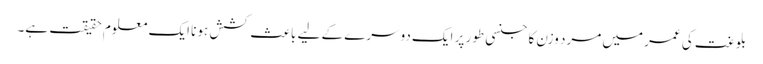
بلوغت کی عمر میں مرد وزن کا جنسی طور پر ایک دوسرے کے لیے باعث کشش ہونا ایک معلوم حقیقت ہے۔